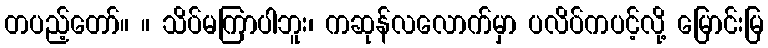
တပည့်တော်။ ။ သိပ်မကြာပါဘူး၊ ကဆုန်လလောက်မှာ ပလိပ်ကပင့်လို့ မြောင်းမြ